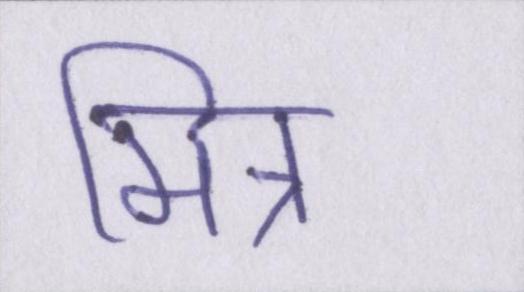
मित्र